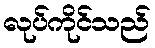
လုပ်ကိုင်သည်